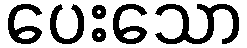
ပေးသော